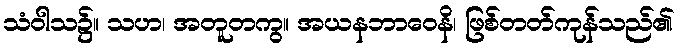
သံဝါသ၌။ သဟ၊ အတူတကွ။ အယနဘာဝေနိ၊ ဖြစ်တတ်ကုန်သည်၏